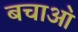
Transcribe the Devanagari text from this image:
बचाआ॓